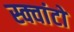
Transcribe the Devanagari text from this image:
स्क्वांटो